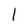
Character: 1